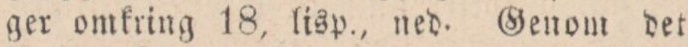
ger omkring 18, lisp., ned. Genom det